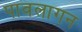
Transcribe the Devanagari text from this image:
पावलागन